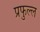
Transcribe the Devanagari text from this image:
प्रफुल्‍ल